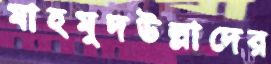
মাহমুদউল্লাদের